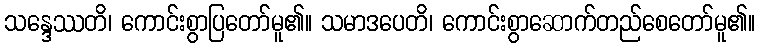
သန္ဒေဿတိ၊ ကောင်းစွာပြတော်မူ၏။ သမာဒပေတိ၊ ကောင်းစွာဆောက်တည်စေတော်မူ၏။